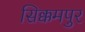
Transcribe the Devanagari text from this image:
सिक्कमपुर